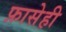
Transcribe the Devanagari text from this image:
फ़ासेही